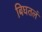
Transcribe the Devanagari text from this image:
बिघतलं